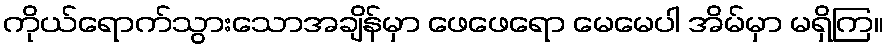
ကိုယ်ရောက်သွားသောအချိန်မှာ ဖေဖေရော မေမေပါ အိမ်မှာ မရှိကြ။